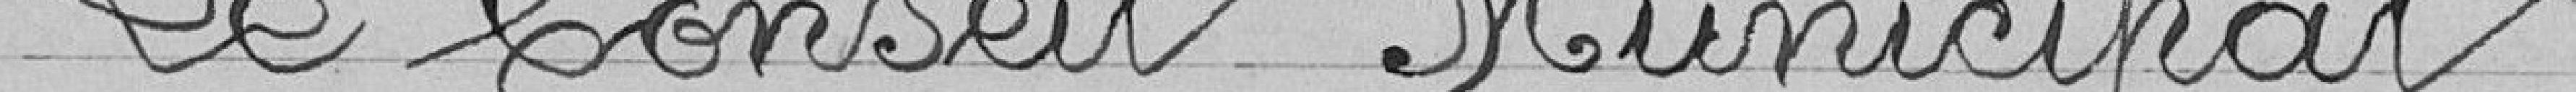
Le Conseil Municipal,